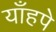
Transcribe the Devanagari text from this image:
याँहपे